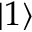
| 1 \rangle